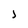
Character: l